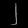
Digit: ၂